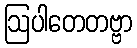
ဩပါတေတဗ္ဗာ